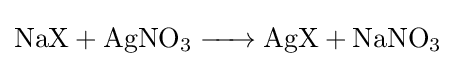
{\ce {NaX + AgNO3 -> AgX + NaNO3}}